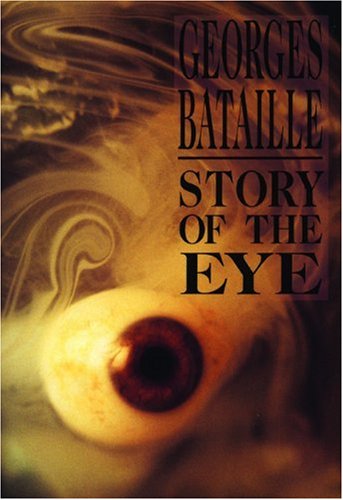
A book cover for Story of the Eye (1st City Lights ed); Georges Bataille; Romance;